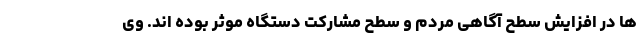
ها در افزایش سطح آگاهی مردم و سطح مشارکت دستگاه موثر بوده اند. وی